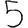
Digit: 5